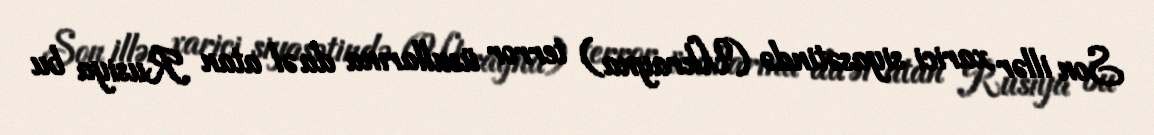
Son illər xarici siyasətində (Ukrayna) terror üsullarına da əl atan Rusiya bu